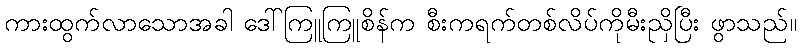
ကားထွက်လာသောအခါ ဒေါ်ကြူကြူစိန်က စီးကရက်တစ်လိပ်ကိုမီးညှိပြီး ဖွာသည်။